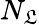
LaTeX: N_{\mathfrak{L}}